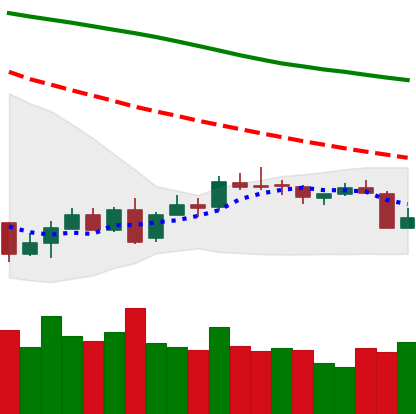
Ticker: XMR-USD
Chart end date: 2018-07-11
Forward return: 7.886%
Label: up_7plus